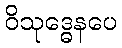
ဝိသုဒ္ဓေနပေ